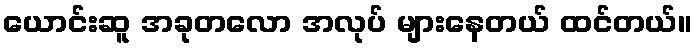
ယောင်းဆူ အခုတလော အလုပ် များနေတယ် ထင်တယ်။